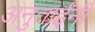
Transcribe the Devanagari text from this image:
अनुताईंनी